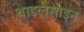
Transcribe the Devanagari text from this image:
थाइलेसाइन